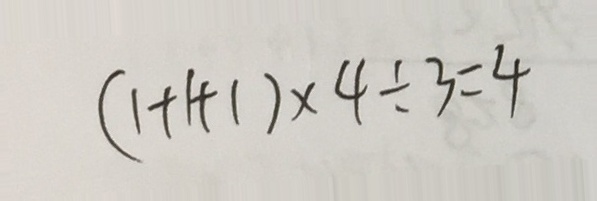
( 1 + 1 + 1 ) \times 4 \div 3 = 4